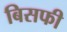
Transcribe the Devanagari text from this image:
बिसफी